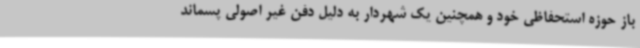
باز حوزه استحفاظی خود و همچنین یک شهردار به دلیل دفن غیر اصولی پسماند